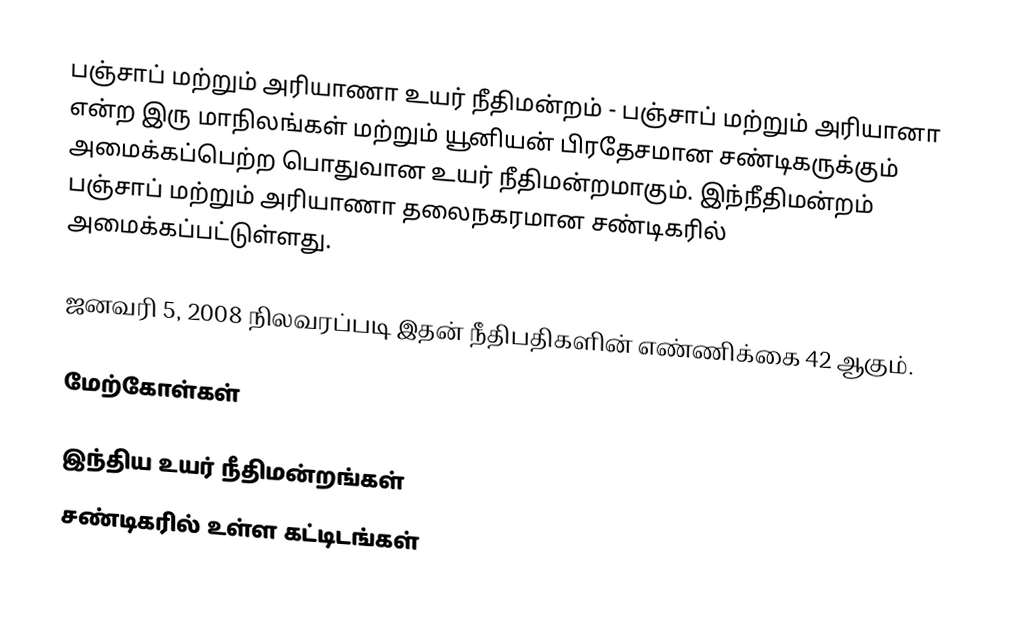
பஞ்சாப் மற்றும் அரியாணா உயர் நீதிமன்றம் - பஞ்சாப் மற்றும் அரியானா என்ற இரு மாநிலங்கள் மற்றும் யூனியன் பிரதேசமான சண்டிகருக்கும் அமைக்கப்பெற்ற  பொதுவான உயர் நீதிமன்றமாகும். இந்நீதிமன்றம் பஞ்சாப் மற்றும் அரியாணா தலைநகரமான சண்டிகரில் அமைக்கப்பட்டுள்ளது.

ஜனவரி 5, 2008 நிலவரப்படி இதன் நீதிபதிகளின் எண்ணிக்கை 42 ஆகும்.

மேற்கோள்கள்

இந்திய உயர் நீதிமன்றங்கள்
சண்டிகரில் உள்ள கட்டிடங்கள்